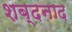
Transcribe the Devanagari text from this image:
शब्दनाद